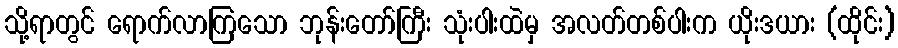
သို့ရာတွင် ရောက်လာကြသော ဘုန်းတော်ကြီး သုံးပါးထဲမှ အလတ်တစ်ပါးက ယိုးဒယား (ထိုင်း)